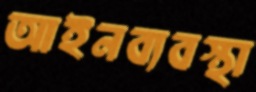
আইনব্যবস্থা